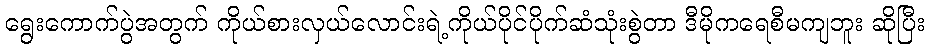
ရွေးကောက်ပွဲအတွက် ကိုယ်စားလှယ်လောင်းရဲ့ကိုယ်ပိုင်ပိုက်ဆံသုံးစွဲတာ ဒီမိုကရေစီမကျဘူး ဆိုပြီး